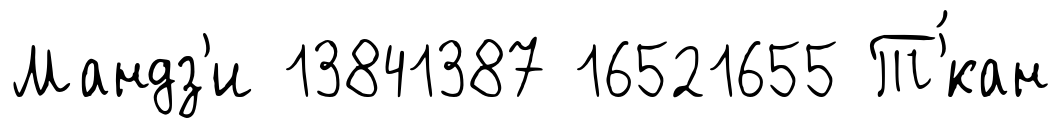
Мандз'и 13841387 16521655 Т'́кан